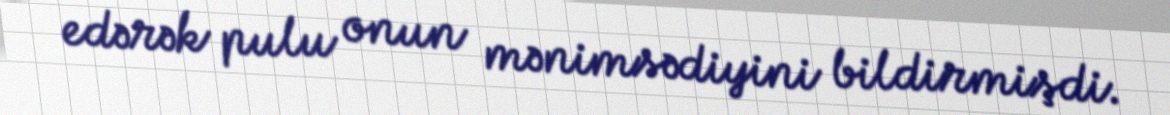
edərək pulu onun mənimsədiyini bildirmişdi.